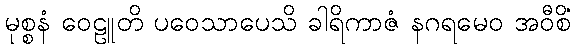
မုစ္စနံ ဝေဠူတိ ပဝေသာပေသိ ခါရိကာဇံ နဂရမေဝ အဝီစိံ